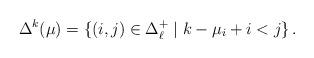
LaTeX: \begin{align*}\Delta^{k}(\mu) = \{(i,j) \in \Delta^+_{\ell} \mid k-\mu_i + i < j\}\,.\end{align*}